Report on vaccination in Madras 1895-1903 - 1895-1903
Year: 1895
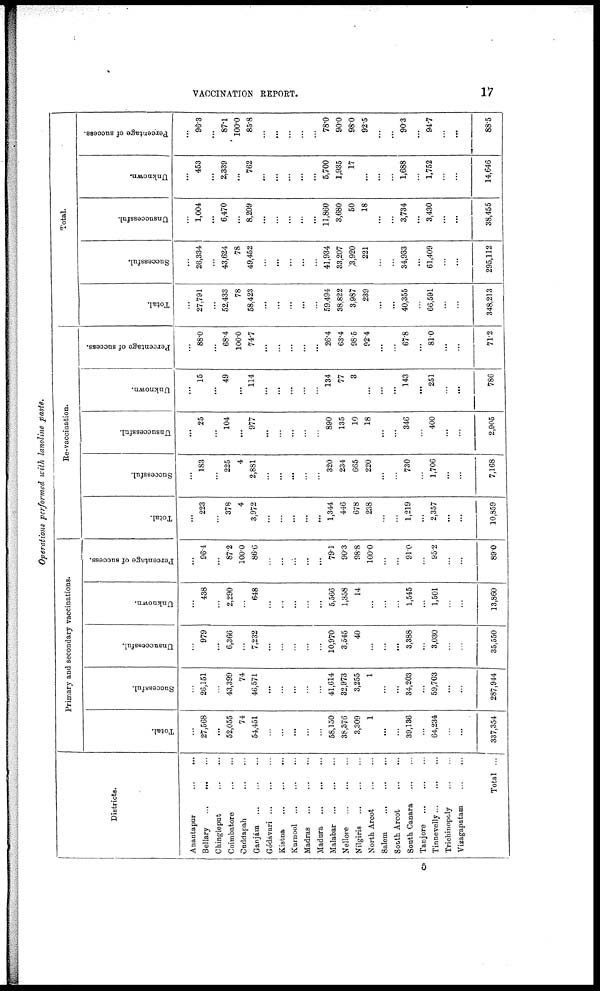
VACCINATION REPORT.
17
Operations performed with lanoline paste.
Districts.
Anantapur
...
...
Bellary
...
...
...
Chingleput ... ...
Coimbatore
...
...
Cuddapah
...
...
Ganjám
...
...
...
Gódávari
...
...
...
Kistna
...
...
...
Kurnool
...
...
...
Madras
...
...
...
Madura
...
...
...
Malabar
...
...
...
Nellore
...
...
...
Nilgiris
...
...
...
North Arcot
...
...
Salem
...
...
...
South Arcot
...
...
South Canara
...
...
Tanjore
...
...
...
Tinnevelly ... ... ...
Trichinopoly
...
...
Vizagapatam
...
...
Total ...
Primary and secondary vaccinations.
Total.
...
27,568
...
52,055
74
54,451
...
...
...
...
...
58,150
38,876
3,309
1
...
...
39,136
...
64,234
...
...
337,354
Successful.
...
26,151
...
43,399
74
46,571
...
...
...
...
...
41,614
32,973
3,255
1
...
...
34,203
...
59,703
...
...
287,944
Unsuccessful.
...
979
...
6,366
...
7,232
...
...
...
...
...
10,970
3,545
40
...
...
...
3,388
...
3,030
...
...
35,550
Unknown.
...
438
...
2,290
...
648
...
...
...
...
...
5,566
1,858
14
...
...
...
1,545
...
1,501
...
...
13,860
Percentage of success.
...
96.4
...
87.2
100.0
86.6
...
...
...
...
...
79.1
90.3
98.8
100.0
...
...
91.0
...
95.2
...
...
89.0
Re-vaccination.
Total.
...
223
...
378
4
3,972
...
...
...
...
...
1,344
446
678
238
...
...
1,219
...
2,357
...
...
10,859
Successful.
...
183
...
225
4
2,881
...
...
...
...
...
320
234
665
220
...
...
730
...
1,706
...
...
7,168
Unsuccessful.
...
25
...
104
...
977
...
...
...
...
...
890
135
10
18
...
...
346
...
400
...
...
2,905
Unknown.
...
15
...
49
...
114
...
...
...
...
...
134
77
3
...
...
...
143
...
251
...
...
786
Percentage of success.
...
88.0
...
68.4
100.0
74.7
...
...
...
...
...
26.4
63.4
98.5
92.4
...
...
67.8
...
81.0
...
...
71.2
Total.
Total.
...
27,791
...
52,433
78
58,423
...
...
...
...
...
59,494
38,822
3,987
239
...
...
40,355
...
66,591
...
...
348,213
Successful.
...
26,334
...
43,624
78
49,452
...
...
...
...
...
41,934
33,207
3,920
221
...
...
34,933
...
61,409
...
...
295,112
Unsuccessful.
...
1,004
...
6,470
...
8,209
...
...
...
...
...
11,860
3,680
50
18
...
...
3,734
...
3,430
...
...
38,455
Unknown.
...
453
...
2,339
...
762
...
...
...
...
...
5,700
1,935
17
...
...
...
1,688
...
1,752
...
...
14,646
Percentage of success.
...
96.3
...
87.1
100.0
85.8
...
...
...
...
...
78.0
90.0
98.0
92.5
...
...
90.3
...
94.7
...
...
88.5
5